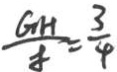
\frac { G H } { f } = \frac { 3 } { 4 }